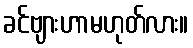
ခင်ဗျားဟာမဟုတ်လား။